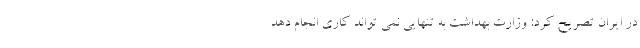
در ایران تصریح کرد: وزارت بهداشت به تنهایی نمی تواند کاری انجام دهد